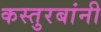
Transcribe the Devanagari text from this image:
कस्तुरबांनी